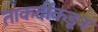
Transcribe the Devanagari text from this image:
ताकदींकडून